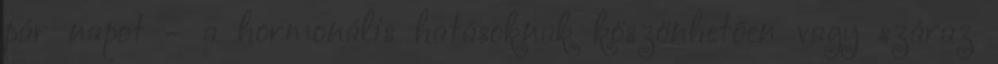
pár napot – a hormonális hatásoknak köszönhetően vagy száraz